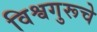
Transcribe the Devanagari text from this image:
विश्वगुरूचे